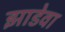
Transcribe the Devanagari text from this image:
झाडेवा